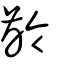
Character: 齡